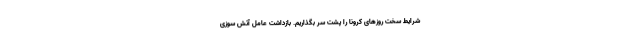
شرایط سخت روزهای کرونا را پشت سر بگذاریم. بازداشت عامل آتش ‌سوزی